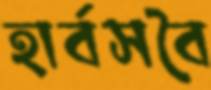
হার্বসবৈ